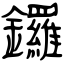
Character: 鑼